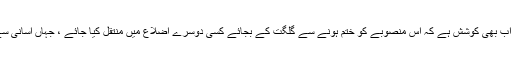
تاہم وائس چانسلر کی اب بھی کوشش ہے کہ اس منصوبے کو ختم ہونے سے گلگت کے بجائے کسی دوسرے اضلاع میں منتقل کیا جائے ، جہاں آسانی سے اراضی دستیاب ہو۔